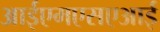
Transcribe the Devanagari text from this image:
आईएमएसएआई